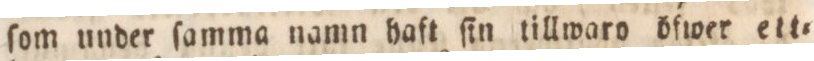
ſom under ſamma namn haft ſin tillwaro öfwer ett=